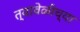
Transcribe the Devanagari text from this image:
त्यावेळीच्या